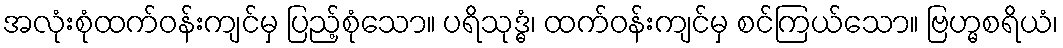
အလုံးစုံထက်ဝန်းကျင်မှ ပြည့်စုံသော။ ပရိသုဒ္ဓံ၊ ထက်ဝန်းကျင်မှ စင်ကြယ်သော။ ဗြဟ္မစရိယံ၊